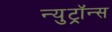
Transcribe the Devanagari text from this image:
न्युट्रॉन्स